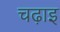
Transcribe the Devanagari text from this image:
चढ़ाइ